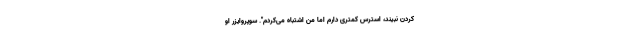
کردن نبیند، استرس کمتری دارم اما من اشتباه می‌کردم". سوپروایزر او